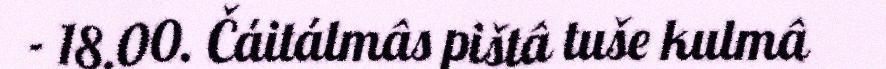
- 18.00. Čáitálmâs pištâ tuše kulmâ